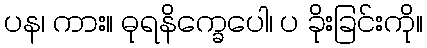
ပန၊ ကား။ ဓုရနိက္ခေပေါ၊ ပ ခိုးခြင်းကို။